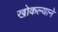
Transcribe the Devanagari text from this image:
खोकल्याने